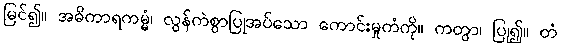
မြင်၍။ အဓိကာရကမ္မံ၊ လွန်ကဲစွာပြုအပ်သော ကောင်းမှုကံကို။ ကတွာ၊ ပြု၍။ တံ